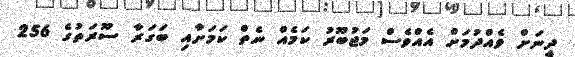
ދީނަށް ވެއްދުމަށް އެއްވެސް މަޖުބޫރު ކަމެއް ނެތް ކަމަށާއި ބަގަރާ ސޫރަތުގެ 256